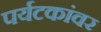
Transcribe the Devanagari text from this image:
पर्यटकांवर